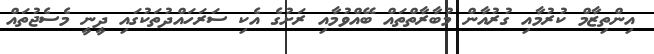
އިންތިޒާމް ކުރުމާއި ގުރުއާން މުބާރާތްތައް ބޭއްވުމާއި ރަށުގެ އެކި ސަރަހައްދުތަކުގައި ދީނީ މެސެޖުތައް